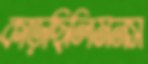
কাড়ছিলিমনস